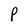
Character: P